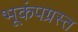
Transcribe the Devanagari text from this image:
भूकंपग्रस्त